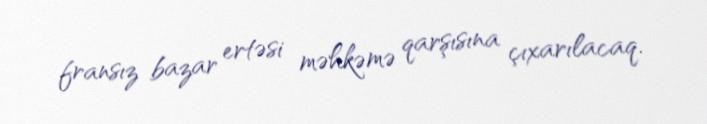
fransız bazar ertəsi məhkəmə qarşısına çıxarılacaq.